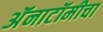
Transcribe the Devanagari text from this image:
अॅनाटॉमीचा